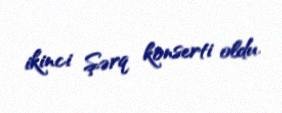
ikinci Şərq konserti oldu.